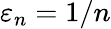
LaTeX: \varepsilon_{n}=1/n